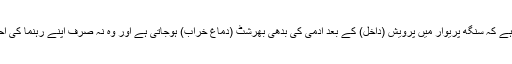
ان لوگوں کی حرکات و سکنات دیکھ کر یقین ہوجاتا ہے کہ سنگھ پریوار میں پرویش (داخل) کے بعد آدمی کی بدھی بھرشٹ (دماغ خراب) ہوجاتی ہے اور وہ نہ صرف اپنے رہنما کی احمقانہ تائید کرتا ہے بلکہ خود بھی وہی سب کرتاہے۔